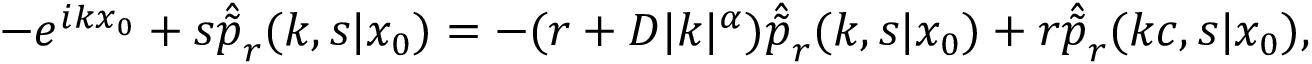
- e ^ { i k x _ { 0 } } + s \hat { \tilde { p } } _ { r } ( k , s | x _ { 0 } ) = - ( r + D | k | ^ { \alpha } ) \hat { \tilde { p } } _ { r } ( k , s | x _ { 0 } ) + r \hat { \tilde { p } } _ { r } ( k c , s | x _ { 0 } ) ,